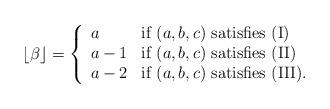
LaTeX: \begin{align*}\lfloor \beta \rfloor = \left\{ \begin{array}{ll}a & \mbox{if $(a,b,c)$ satisfies (I)} \\a-1 & \mbox{if $(a,b,c)$ satisfies (II)} \\a-2 & \mbox{if $(a,b,c)$ satisfies (III).} \\\end{array}\right. \end{align*}